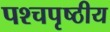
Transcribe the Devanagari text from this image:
पश्चपृष्ठीय